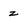
Character: z